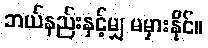
ဘယ်နည်းနှင့်မျှ မမှားနိုင်။